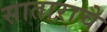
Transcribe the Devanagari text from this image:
साताराचे